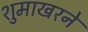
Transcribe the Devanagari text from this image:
शुमाखरने